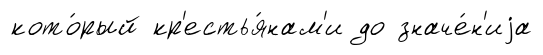
кото́рый кр'естья́нам'и до значе́н'иjа